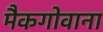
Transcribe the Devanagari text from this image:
मैकगोवाना